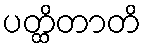
ပတ္ထိတာတိ